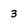
Character: 3